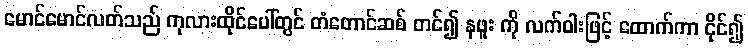
မောင်မောင်လတ်သည် ကုလားထိုင်ပေါ်တွင် တံတောင်ဆစ် တင်၍ နဖူး ကို လက်ဝါးဖြင့် ထောက်ကာ ငိုင်၍